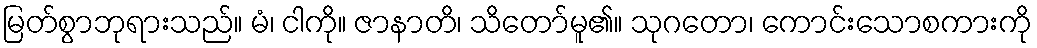
မြတ်စွာဘုရားသည်။ မံ၊ ငါကို။ ဇာနာတိ၊ သိတော်မူ၏။ သုဂတော၊ ကောင်းသောစကားကို